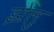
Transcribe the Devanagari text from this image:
झेलु